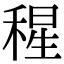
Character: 𥠀